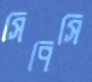
সিপিসি